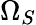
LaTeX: \Omega_{S}